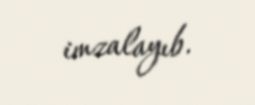
imzalayıb.